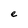
Character: e